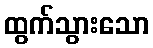
ထွက်သွားသော